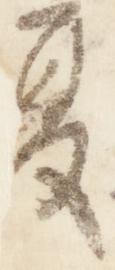
夏